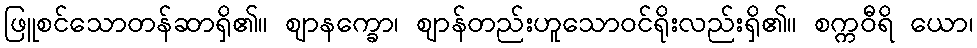
ဖြူစင်သောတန်ဆာရှိ၏။ ဈာနက္ခော၊ ဈာန်တည်းဟူသောဝင်ရိုးလည်းရှိ၏။ စက္ကဝီရိ ယော၊